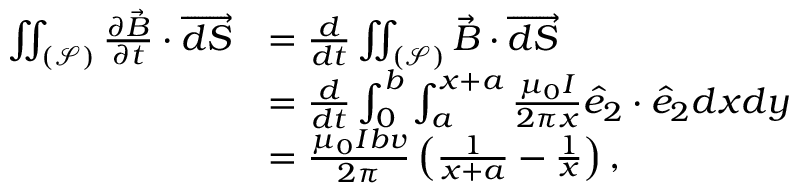
\begin{array} { r l } { \iint _ { ( \mathcal { S } ) } \frac { \partial \Vec { B } } { \partial t } \cdot \overrightarrow { d S } } & { = \frac { d } { d t } \iint _ { ( \mathcal { S } ) } \Vec { B } \cdot \overrightarrow { d S } } \\ & { = \frac { d } { d t } \int _ { 0 } ^ { b } \int _ { a } ^ { x + a } \frac { \mu _ { 0 } I } { 2 \pi x } \hat { e } _ { 2 } \cdot \hat { e } _ { 2 } d x d y } \\ & { = \frac { \mu _ { 0 } I b v } { 2 \pi } \left( \frac { 1 } { x + a } - \frac { 1 } { x } \right) , } \end{array}